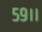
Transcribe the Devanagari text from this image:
५९।।